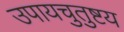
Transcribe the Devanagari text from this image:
उपायचुतुष्टय